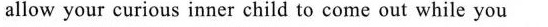
allow your curious inner child to come out while you